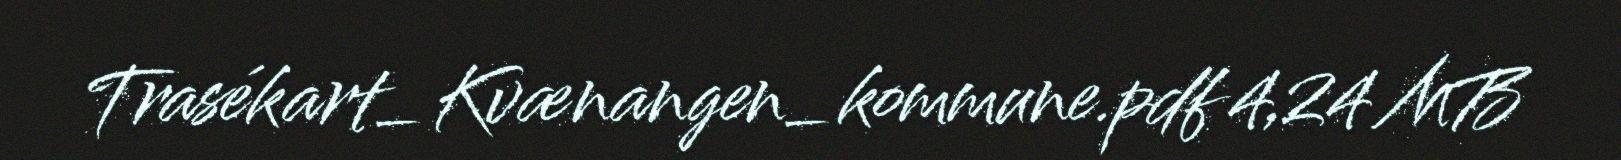
Trasékart_Kvænangen_kommune.pdf 4,24 MB